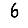
Digit: 6